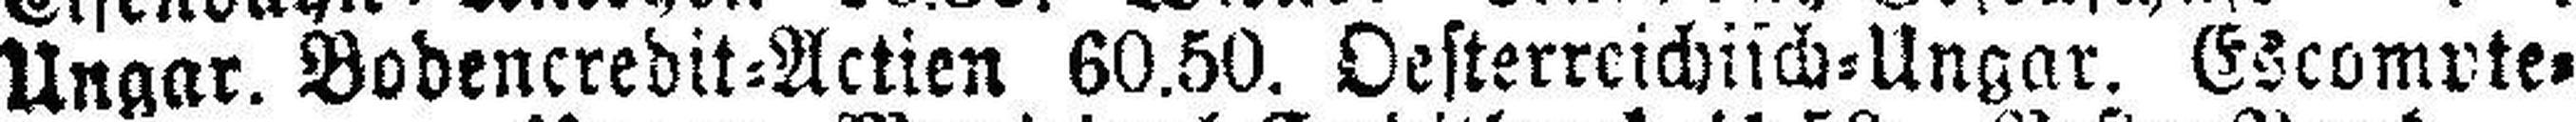
Ungar. Bodencredit=Actien 60.50. Oesterreichisch=Ungar. Escompte¬